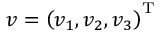
\boldsymbol { v } = \left( v _ { 1 } , v _ { 2 } , v _ { 3 } \right) ^ { \mathrm { T } }